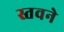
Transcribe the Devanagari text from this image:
स्तवने